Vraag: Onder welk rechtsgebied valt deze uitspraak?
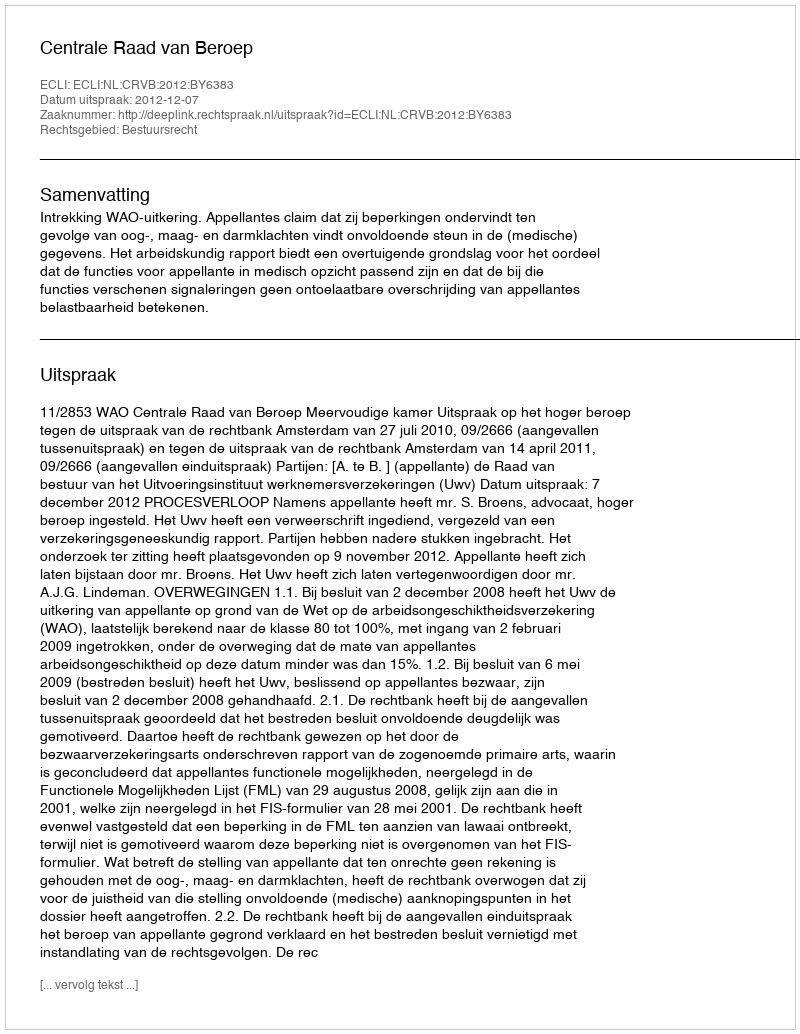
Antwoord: Bestuursrecht